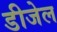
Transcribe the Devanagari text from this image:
डीजेल